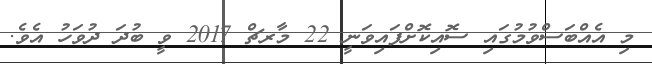
މި އެއްބަސްވުމުގައި ސޮއިކޮށްފައިވަނީ 22 މާރޗް 2017 ވީ ބުދަ ދުވަހު އެވެ.